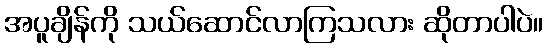
အပူချိန်ကို သယ်ဆောင်လာကြသလား ဆိုတာပါပဲ။